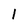
Character: 1